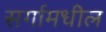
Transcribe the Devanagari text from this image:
सर्गामधील